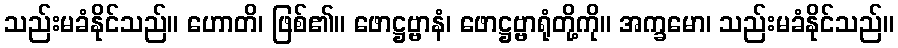
သည်းမခံနိုင်သည်။ ဟောတိ၊ ဖြစ်၏။ ဖောဋ္ဌဗ္ဗာနံ၊ ဖောဋ္ဌဗ္ဗာရုံတို့ကို။ အက္ခမော၊ သည်းမခံနိုင်သည်။